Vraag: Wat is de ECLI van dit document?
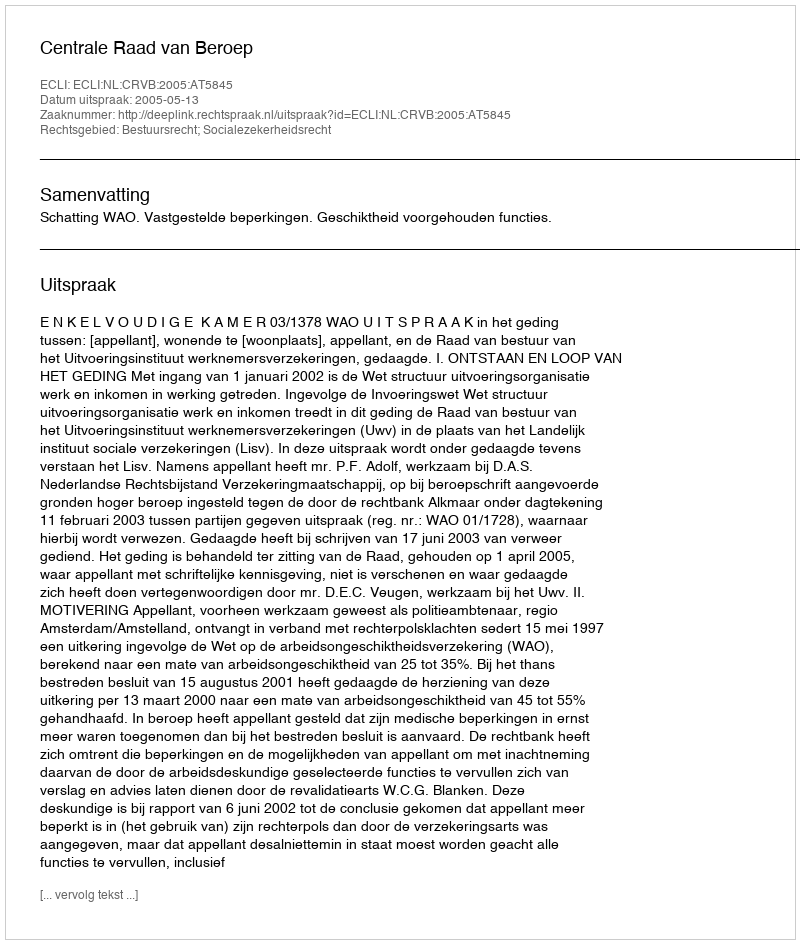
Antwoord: ECLI:NL:CRVB:2005:AT5845